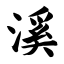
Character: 溪